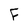
Character: F